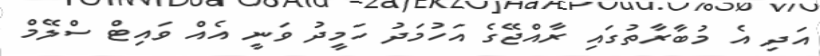
އަދި އެ މުބާރާތުގައި ރާއްޖޭގެ އަހުމަދު ހަމީދު ވަނީ އެއް ވައިޓް ސްލޭމް